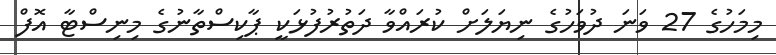
މިމަހުގެ 27 ވަނަ ދުވަހުގެ ނިޔަލަށް ކުރައްވާ ދަތުރުފުޅަކީ ޕާކިސްތާނުގެ މިނިސްޓާ އޮފް